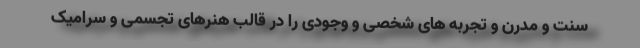
سنت و مدرن و تجربه های شخصی و وجودی را در قالب هنرهای تجسمی و سرامیک